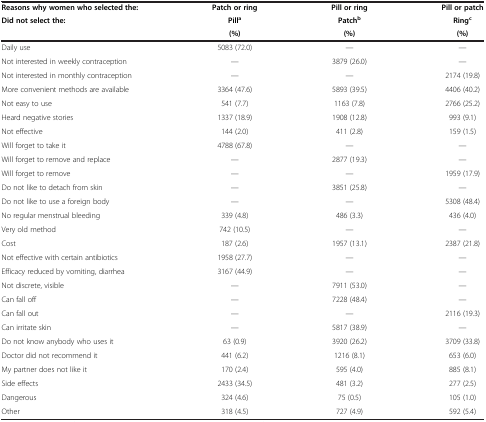
<table><thead><tr><td><b>Reasons why women who selected the:</b></td><td><b>Patch or ring</b></td><td><b>Pill or ring</b></td><td><b>Pill or patch</b></td></tr><tr><td><b>Did not select the:</b></td><td><b>Pill<sup>a</sup></b></td><td><b>Patch<sup>b</sup></b></td><td><b>Ring<sup>c</sup></b></td></tr><tr><td><b> </b></td><td><b>(%)</b></td><td><b>(%)</b></td><td><b>(%)</b></td></tr></thead><tbody><tr><td>Daily use</td><td>5083 (72.0)</td><td>—</td><td>—</td></tr><tr><td>Not interested in weekly contraception</td><td>—</td><td>3879 (26.0)</td><td>—</td></tr><tr><td>Not interested in monthly contraception</td><td>—</td><td>—</td><td>2174 (19.8)</td></tr><tr><td>More convenient methods are available</td><td>3364 (47.6)</td><td>5893 (39.5)</td><td>4406 (40.2)</td></tr><tr><td>Not easy to use</td><td>541 (7.7)</td><td>1163 (7.8)</td><td>2766 (25.2)</td></tr><tr><td>Heard negative stories</td><td>1337 (18.9)</td><td>1908 (12.8)</td><td>993 (9.1)</td></tr><tr><td>Not effective</td><td>144 (2.0)</td><td>411 (2.8)</td><td>159 (1.5)</td></tr><tr><td>Will forget to take it</td><td>4788 (67.8)</td><td>—</td><td>—</td></tr><tr><td>Will forget to remove and replace</td><td>—</td><td>2877 (19.3)</td><td>—</td></tr><tr><td>Will forget to remove</td><td>—</td><td>—</td><td>1959 (17.9)</td></tr><tr><td>Do not like to detach from skin</td><td>—</td><td>3851 (25.8)</td><td>—</td></tr><tr><td>Do not like to use a foreign body</td><td>—</td><td>—</td><td>5308 (48.4)</td></tr><tr><td>No regular menstrual bleeding</td><td>339 (4.8)</td><td>486 (3.3)</td><td>436 (4.0)</td></tr><tr><td>Very old method</td><td>742 (10.5)</td><td>—</td><td>—</td></tr><tr><td>Cost</td><td>187 (2.6)</td><td>1957 (13.1)</td><td>2387 (21.8)</td></tr><tr><td>Not effective with certain antibiotics</td><td>1958 (27.7)</td><td>—</td><td>—</td></tr><tr><td>Efficacy reduced by vomiting, diarrhea</td><td>3167 (44.9)</td><td>—</td><td>—</td></tr><tr><td>Not discrete, visible</td><td>—</td><td>7911 (53.0)</td><td>—</td></tr><tr><td>Can fall off</td><td>—</td><td>7228 (48.4)</td><td>—</td></tr><tr><td>Can fall out</td><td>—</td><td>—</td><td>2116 (19.3)</td></tr><tr><td>Can irritate skin</td><td>—</td><td>5817 (38.9)</td><td>—</td></tr><tr><td>Do not know anybody who uses it</td><td>63 (0.9)</td><td>3920 (26.2)</td><td>3709 (33.8)</td></tr><tr><td>Doctor did not recommend it</td><td>441 (6.2)</td><td>1216 (8.1)</td><td>653 (6.0)</td></tr><tr><td>My partner does not like it</td><td>170 (2.4)</td><td>595 (4.0)</td><td>885 (8.1)</td></tr><tr><td>Side effects</td><td>2433 (34.5)</td><td>481 (3.2)</td><td>277 (2.5)</td></tr><tr><td>Dangerous</td><td>324 (4.6)</td><td>75 (0.5)</td><td>105 (1.0)</td></tr><tr><td>Other</td><td>318 (4.5)</td><td>727 (4.9)</td><td>592 (5.4)</td></tr></tbody></table>